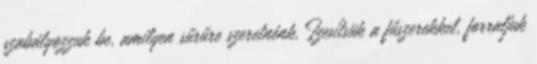
szabályozzuk be, amilyen sűrűre szeretnénk. Ízesítsük a fűszerekkel, forraljuk